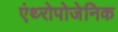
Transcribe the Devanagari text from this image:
एंथ्‍रोपोजेनिक